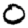
Digit: 0